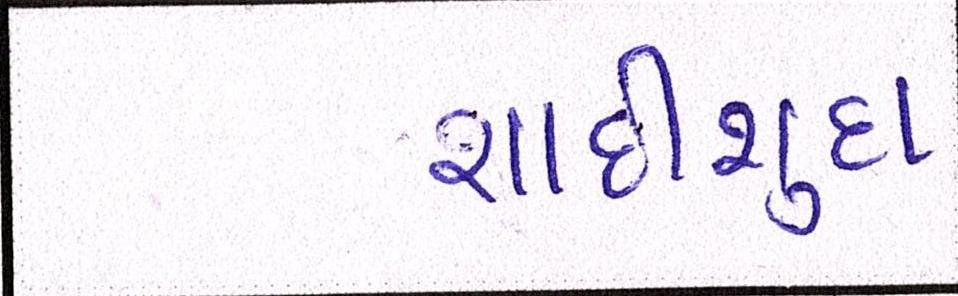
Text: શાદીશુદા